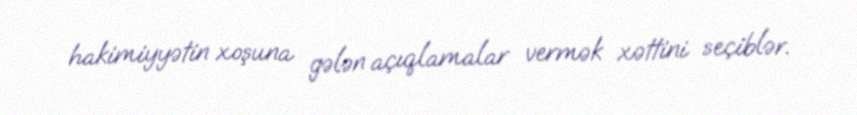
hakimiyyətin xoşuna gələn açıqlamalar vermək xəttini seçiblər.